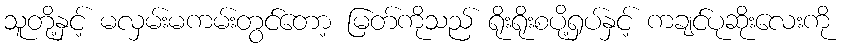
သူတို့နှင့် မလှမ်းမကမ်းတွင်တော့ မြတ်ကိုသည် ရိုးရိုးစပို့ရှပ်နှင့် ကချင်ပုဆိုးလေးကို